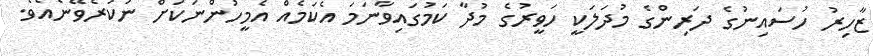
ޒާހިރު ހުސައިނުގެ ދަރިންގެ މުދަލަކީ ހަވީރުގެ މުދާ ކަމުގައިވާނަމަ އެކަމެއް އެމީހުންނަކަށް ނުކުރެވޭނެއެވެ.